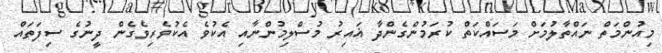
މިއުންމަތް ނައްތާލުމަށް މަސައްކަތް ކުރަމުންގެންދާ ޣައިރު މުސްލިމުންނާއި އެކުވެ އެކުވެރިވެގެން ދީނުގެ ސިފަތައް